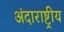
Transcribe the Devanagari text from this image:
अंदाराष्ट्रीय